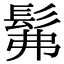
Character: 髴